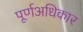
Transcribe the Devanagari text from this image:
पूर्णअधिकार